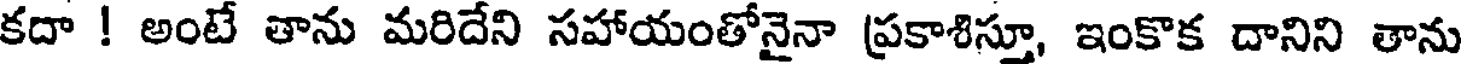
కదా ! అంటే తాను మరిదేని సహాయంతోనైనా ప్రకాశిస్తూ, ఇంకొక దానిని తాను